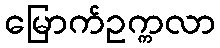
မြောက်ဥက္ကလာ